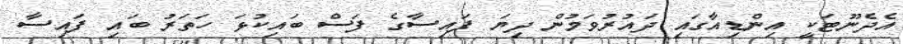
އެދެނޫޓަކީ އިންޑިއާގައި ދައުރުވަމުން ދިޔަ ފައިސާގެ ފަސް ބައިކުޅަ ހަތަރު ބައި ފައިސާ